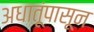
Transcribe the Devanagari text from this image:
अधातूंपासून